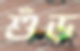
শুঁড়